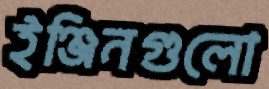
ইঞ্জিনগুলো